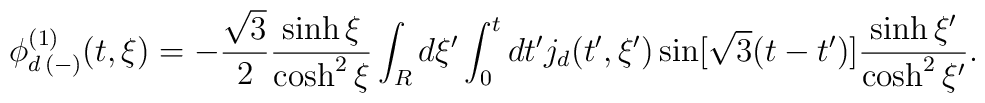
\phi^{(1)}_{d \, (-)} (t, \xi) = - \frac{\sqrt{3}}{2} \frac{\sinh \xi}{ \cosh^{2} \xi} \int_{R} d \xi' \int_{0}^{t} dt' j_{d} (t',\xi' ) \sin [ \sqrt{3} (t-t') ]\frac{\sinh \xi' }{\cosh^{2} \xi' }.